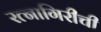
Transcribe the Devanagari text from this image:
रत्‍नागिरीची